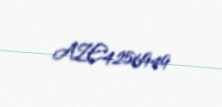
AZE4256949